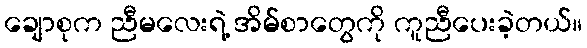
ချောစုက ညီမလေးရဲ့ အိမ်စာတွေကို ကူညီပေးခဲ့တယ်။